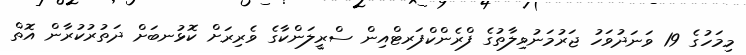
މިމަހުގެ 19 ވަނަދުވަހު ޖަރުމަނުވިލާތުގެ ފްރެންކްފަރޓްއިން ސްރީލަންކާގެ ވެރިރަށް ކޮޅުނބަށް ދަތުރުކުރާން އޮތް